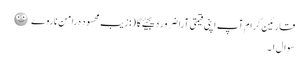
قارئین کرام آپ اپنی قیمتی آرا ضرور دیجیئے گا ِ (:زیب محسود درامن ناروے 🙂
سوال ۱۔